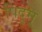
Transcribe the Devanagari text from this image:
पिदुगू